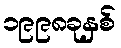
၁၉၉၈ခုနှစ်